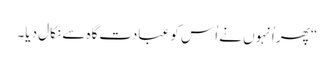
‏“‏ پھر اُنہوں نے اُس کو عبادت‌گاہ سے نکال دیا۔